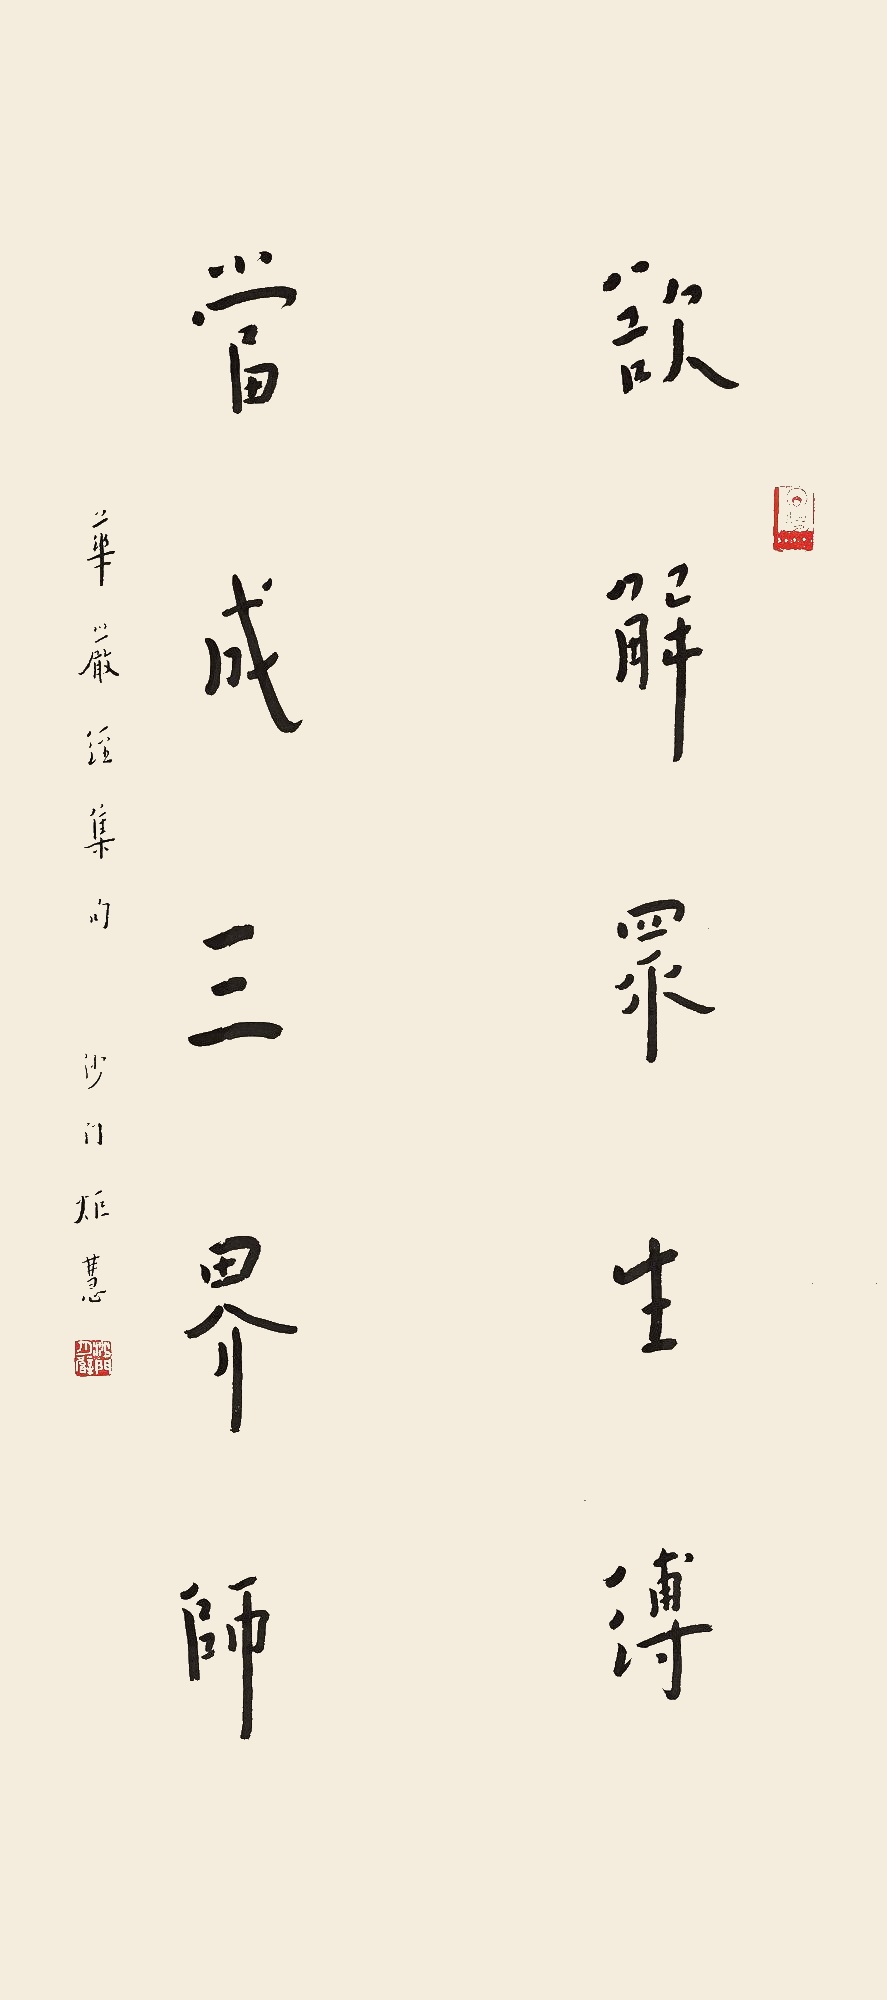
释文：欲解众生缚，当成三界师。华严经集句，沙门炬慧。